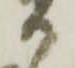
か